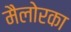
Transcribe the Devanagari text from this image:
मैलोरका